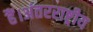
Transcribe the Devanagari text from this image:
हैं।अंतरराष्ट्रीय